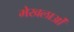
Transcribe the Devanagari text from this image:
मेखलाओं